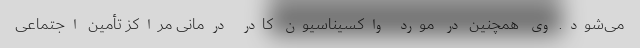
می‌شود. وی همچنین در مورد واکسیناسیون کادر درمانی مراکز تأمین اجتماعی